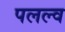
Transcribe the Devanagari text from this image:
पलल्व